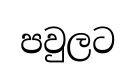
පවුලට